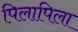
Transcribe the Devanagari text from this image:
पिलापिला